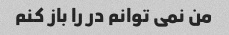
من نمی توانم در را باز کنم